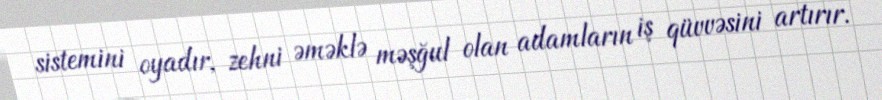
sistemini oyadır, zehni əməklə məşğul olan adamların iş qüvvəsini artırır.